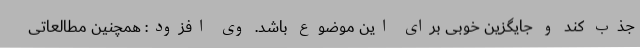
جذب کند و جایگزین خوبی برای این موضوع باشد. وی افزود: همچنین مطالعاتی